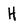
Character: H